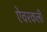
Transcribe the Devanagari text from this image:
ऐवरकली